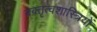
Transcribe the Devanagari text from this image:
वक्तृत्वशास्त्रियों